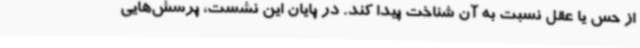
از حس یا عقل نسبت به آن شناخت پیدا کند. در پایان این نشست، پرسش‌هایی